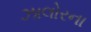
ઝાલોરના